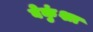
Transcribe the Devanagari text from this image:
वेकुंशा